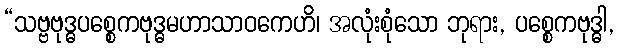
“သဗ္ဗဗုဒ္ဓပစ္စေကဗုဒ္ဓမဟာသာဝကေဟိ၊ အလုံးစုံသော ဘုရား, ပစ္စေကဗုဒ္ဓါ,